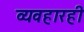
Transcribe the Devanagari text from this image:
व्यवहारही